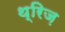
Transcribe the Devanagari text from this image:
थ्रिज़